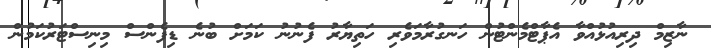
ނާޒިމް ދިރިއުޅުއްވާ އެޕާޓްމެންޓުން ހަނގުރާމަވެރި ހަތިޔާރު ފެނުނު ކަމަށް ބުނެ ޑިފެންސް މިނިސްޓަރުކަމުން